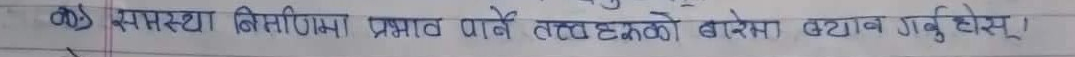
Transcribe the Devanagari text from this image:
क) स्वस्थ निमार्णमा प्रभाव पार्ने तत्वहरूको बारेमा कथन गर्नुहोस्।